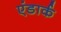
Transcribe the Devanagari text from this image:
एंडार्क